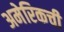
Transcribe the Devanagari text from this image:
अमेरिकची